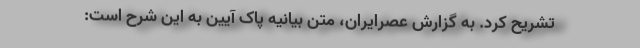
تشریح کرد. به گزارش عصرایران، متن بیانیه پاک آیین به این شرح است: